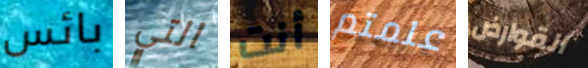
بائس التي أنت علمتم القوارض